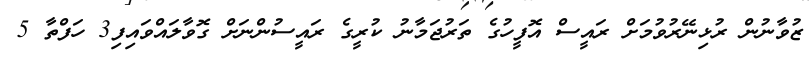
ޒުވާނުން ރުޅިނޭރުވުމަށް ރައީސް އޮފީހުގެ ތަރުޖަމާނު ކުރީގެ ރައީސުންނަށް ގޮވާލައްވައިފި3 ހަފްތާ 5